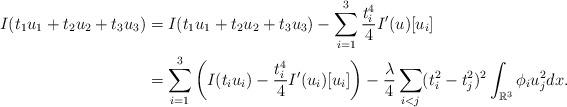
LaTeX: \begin{align*} I(t_1u_1+t_2u_2+t_3u_3)&=I(t_1u_1+t_2u_2+t_3u_3)-\sum_{i=1}^3\frac{t_i^4}{4}I'(u)[u_i]\\ &=\sum_{i=1}^3\left(I(t_iu_i)-\frac{t_i^4}{4}I'(u_i)[u_i]\right)-\frac{\lambda}{4}\sum_{i<j}(t_i^2-t_j^2)^2\int_{\mathbb R^3}\phi_iu_j^2dx. \end{align*}